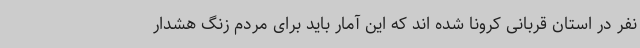
نفر در استان قربانی کرونا شده اند که این آمار باید برای مردم زنگ هشدار